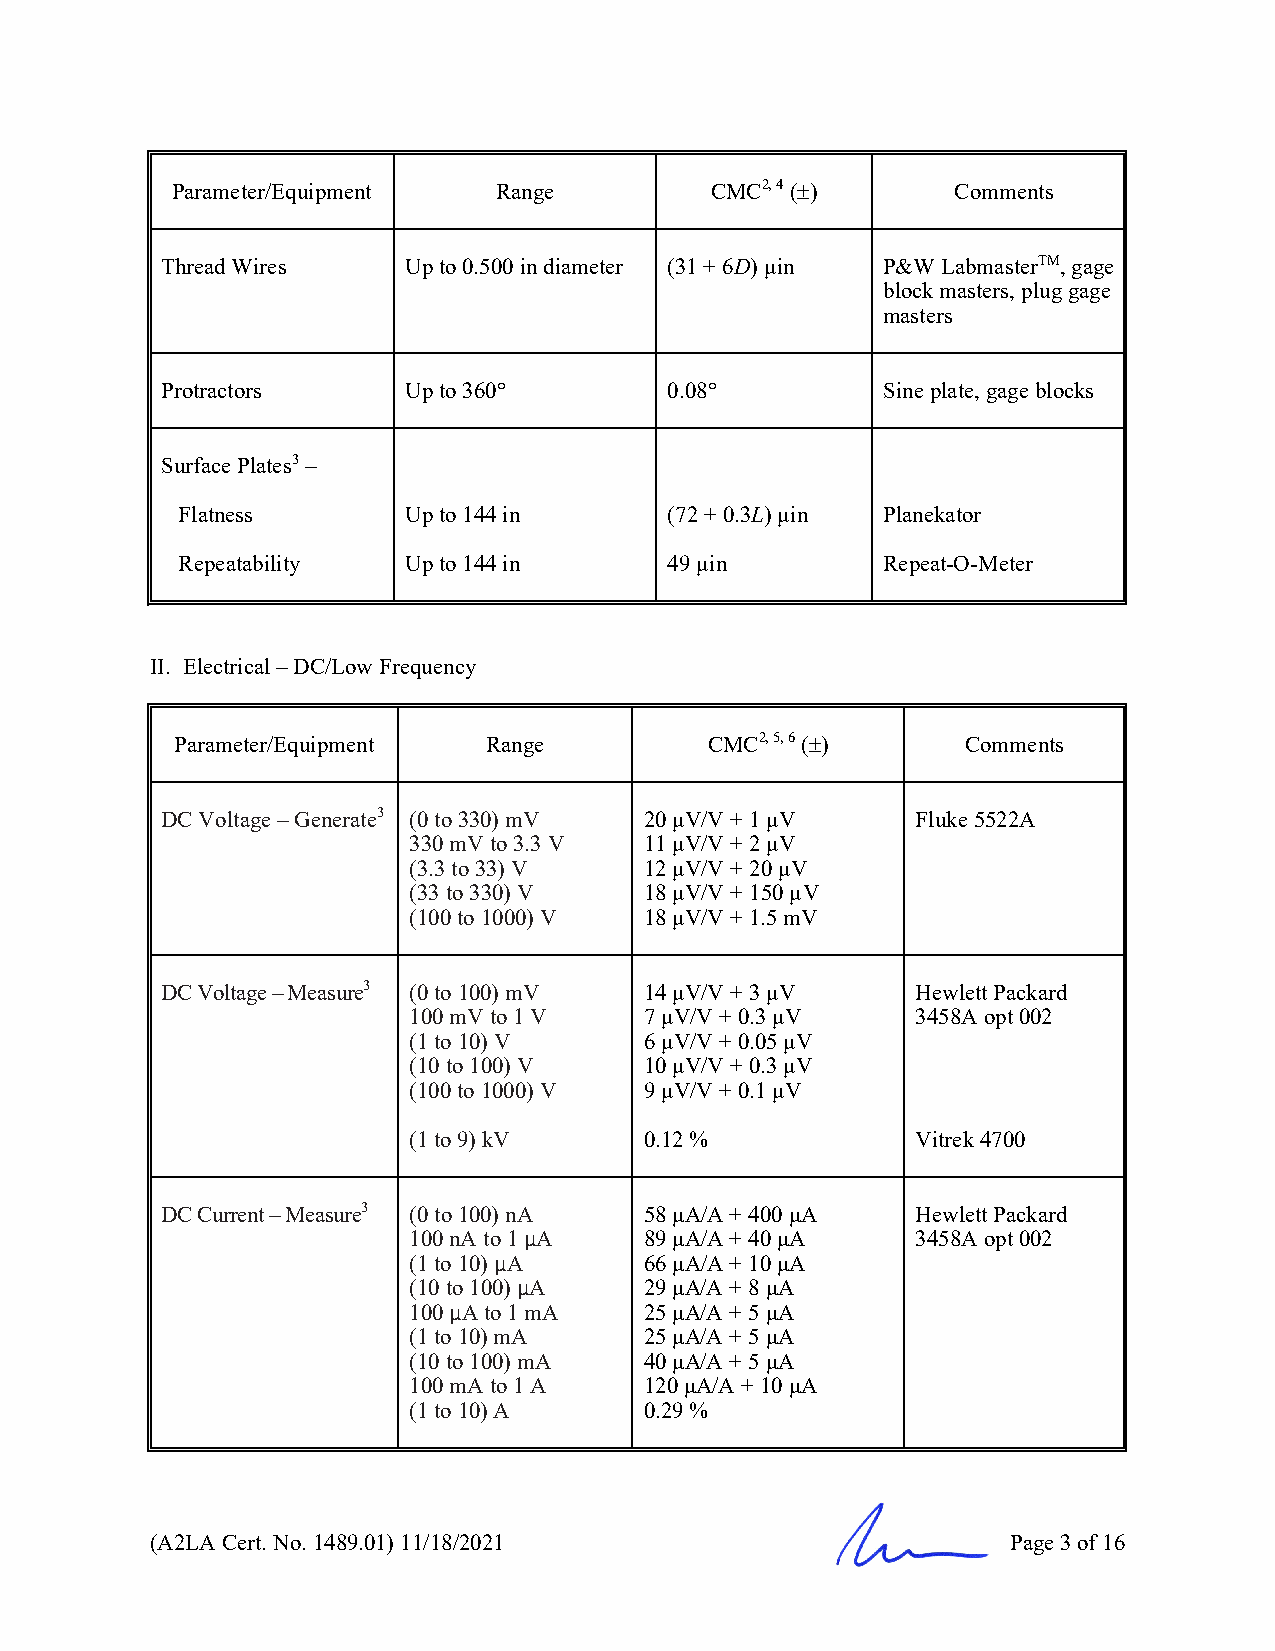
Parameter/Equipment   Range         CMC2, 4 ()     Comments
 Thread Wires    Up to 0.500 in diameter (31 + 6D) µin P&W LabmasterTM, gage
 block masters, plug gage
 masters
 Protractors     Up to 360°       0.08°         Sine plate, gage blocks
 Surface Plates3 –
 Flatness       Up to 144 in     (72 + 0.3L) µin Planekator
 Repeatability  Up to 144 in     49 µin        Repeat-O-Meter
 II. Electrical – DC/Low Frequency
 Parameter/Equipment Range          CMC2, 5, 6 ()   Comments
 DC Voltage – Generate3 (0 to 330) mV 20 µV/V + 1 µV Fluke 5522A
 330 mV to 3.3 V 11 µV/V + 2 µV
 (3.3 to 33) V   12 µV/V + 20 µV
 (33 to 330) V   18 µV/V + 150 µV
 (100 to 1000) V 18 µV/V + 1.5 mV
 DC Voltage – Measure3 (0 to 100) mV 14 µV/V + 3 µV Hewlett Packard
 100 mV to 1 V   7 µV/V + 0.3 µV   3458A opt 002
 (1 to 10) V     6 µV/V + 0.05 µV
 (10 to 100) V   10 µV/V + 0.3 µV
 (100 to 1000) V 9 µV/V + 0.1 µV
 (1 to 9) kV     0.12 %            Vitrek 4700
 DC Current – Measure3 (0 to 100) nA 58 μA/A + 400 μA Hewlett Packard
 100 nA to 1 µA  89 μA/A + 40 μA   3458A opt 002
 (1 to 10) µA    66 μA/A + 10 μA
 (10 to 100) µA  29 μA/A + 8 μA
 100 µA to 1 mA  25 μA/A + 5 μA
 (1 to 10) mA    25 μA/A + 5 μA
 (10 to 100) mA  40 μA/A + 5 μA
 100 mA to 1 A   120 μA/A + 10 μA
 (1 to 10) A     0.29 %
 (A2LA Cert. No. 1489.01) 11/18/2021                      Page 3 of 16